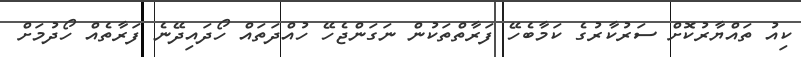
ކިއު ތައްޔާރުކޮށް ސަރުކާރުގެ ކަމާބެހޭ ފަރާތްތަކުން ނަގަންޖެހޭ ހުއްދަތައް ހޯދައިދޭނެ ފަރާތެއް ހޯދުމަށް